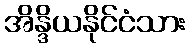
အိန္ဒိယနိုင်ငံသား